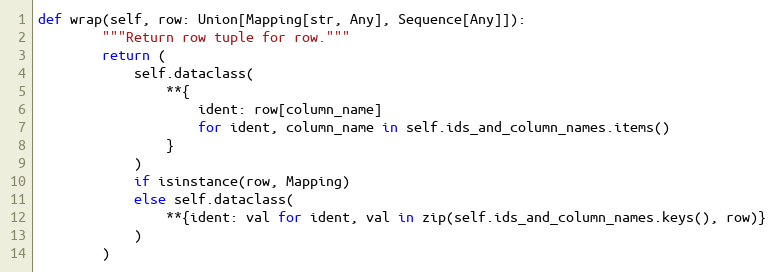
Language: Python
def wrap(self, row: Union[Mapping[str, Any], Sequence[Any]]):
        """Return row tuple for row."""
        return (
            self.dataclass(
                **{
                    ident: row[column_name]
                    for ident, column_name in self.ids_and_column_names.items()
                }
            )
            if isinstance(row, Mapping)
            else self.dataclass(
                **{ident: val for ident, val in zip(self.ids_and_column_names.keys(), row)}
            )
        )